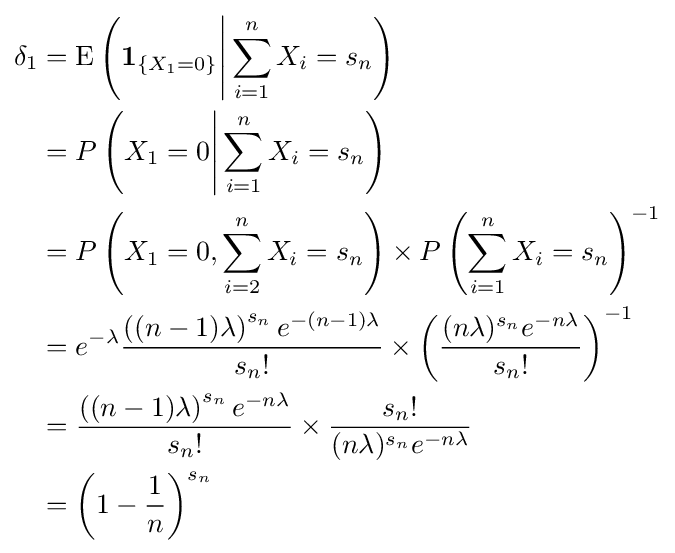
{\begin{aligned}\delta _{1}&=\operatorname {E} \left(\mathbf {1} _{\{X_{1}=0\}}{\Bigg |}\sum _{i=1}^{n}X_{i}=s_{n}\right)\\&=P\left(X_{1}=0{\Bigg |}\sum _{i=1}^{n}X_{i}=s_{n}\right)\\&=P\left(X_{1}=0,\sum _{i=2}^{n}X_{i}=s_{n}\right)\times P\left(\sum _{i=1}^{n}X_{i}=s_{n}\right)^{-1}\\&=e^{-\lambda }{\frac {\left((n-1)\lambda \right)^{s_{n}}e^{-(n-1)\lambda }}{s_{n}!}}\times \left({\frac {(n\lambda )^{s_{n}}e^{-n\lambda }}{s_{n}!}}\right)^{-1}\\&={\frac {\left((n-1)\lambda \right)^{s_{n}}e^{-n\lambda }}{s_{n}!}}\times {\frac {s_{n}!}{(n\lambda )^{s_{n}}e^{-n\lambda }}}\\&=\left(1-{\frac {1}{n}}\right)^{s_{n}}\end{aligned}}